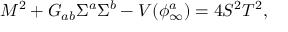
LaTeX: M ^ { 2 } + G _ { a b } \Sigma ^ { a } \Sigma ^ { b } - V ( \phi _ { \infty } ^ { a } ) = 4 S ^ { 2 } T ^ { 2 } ,